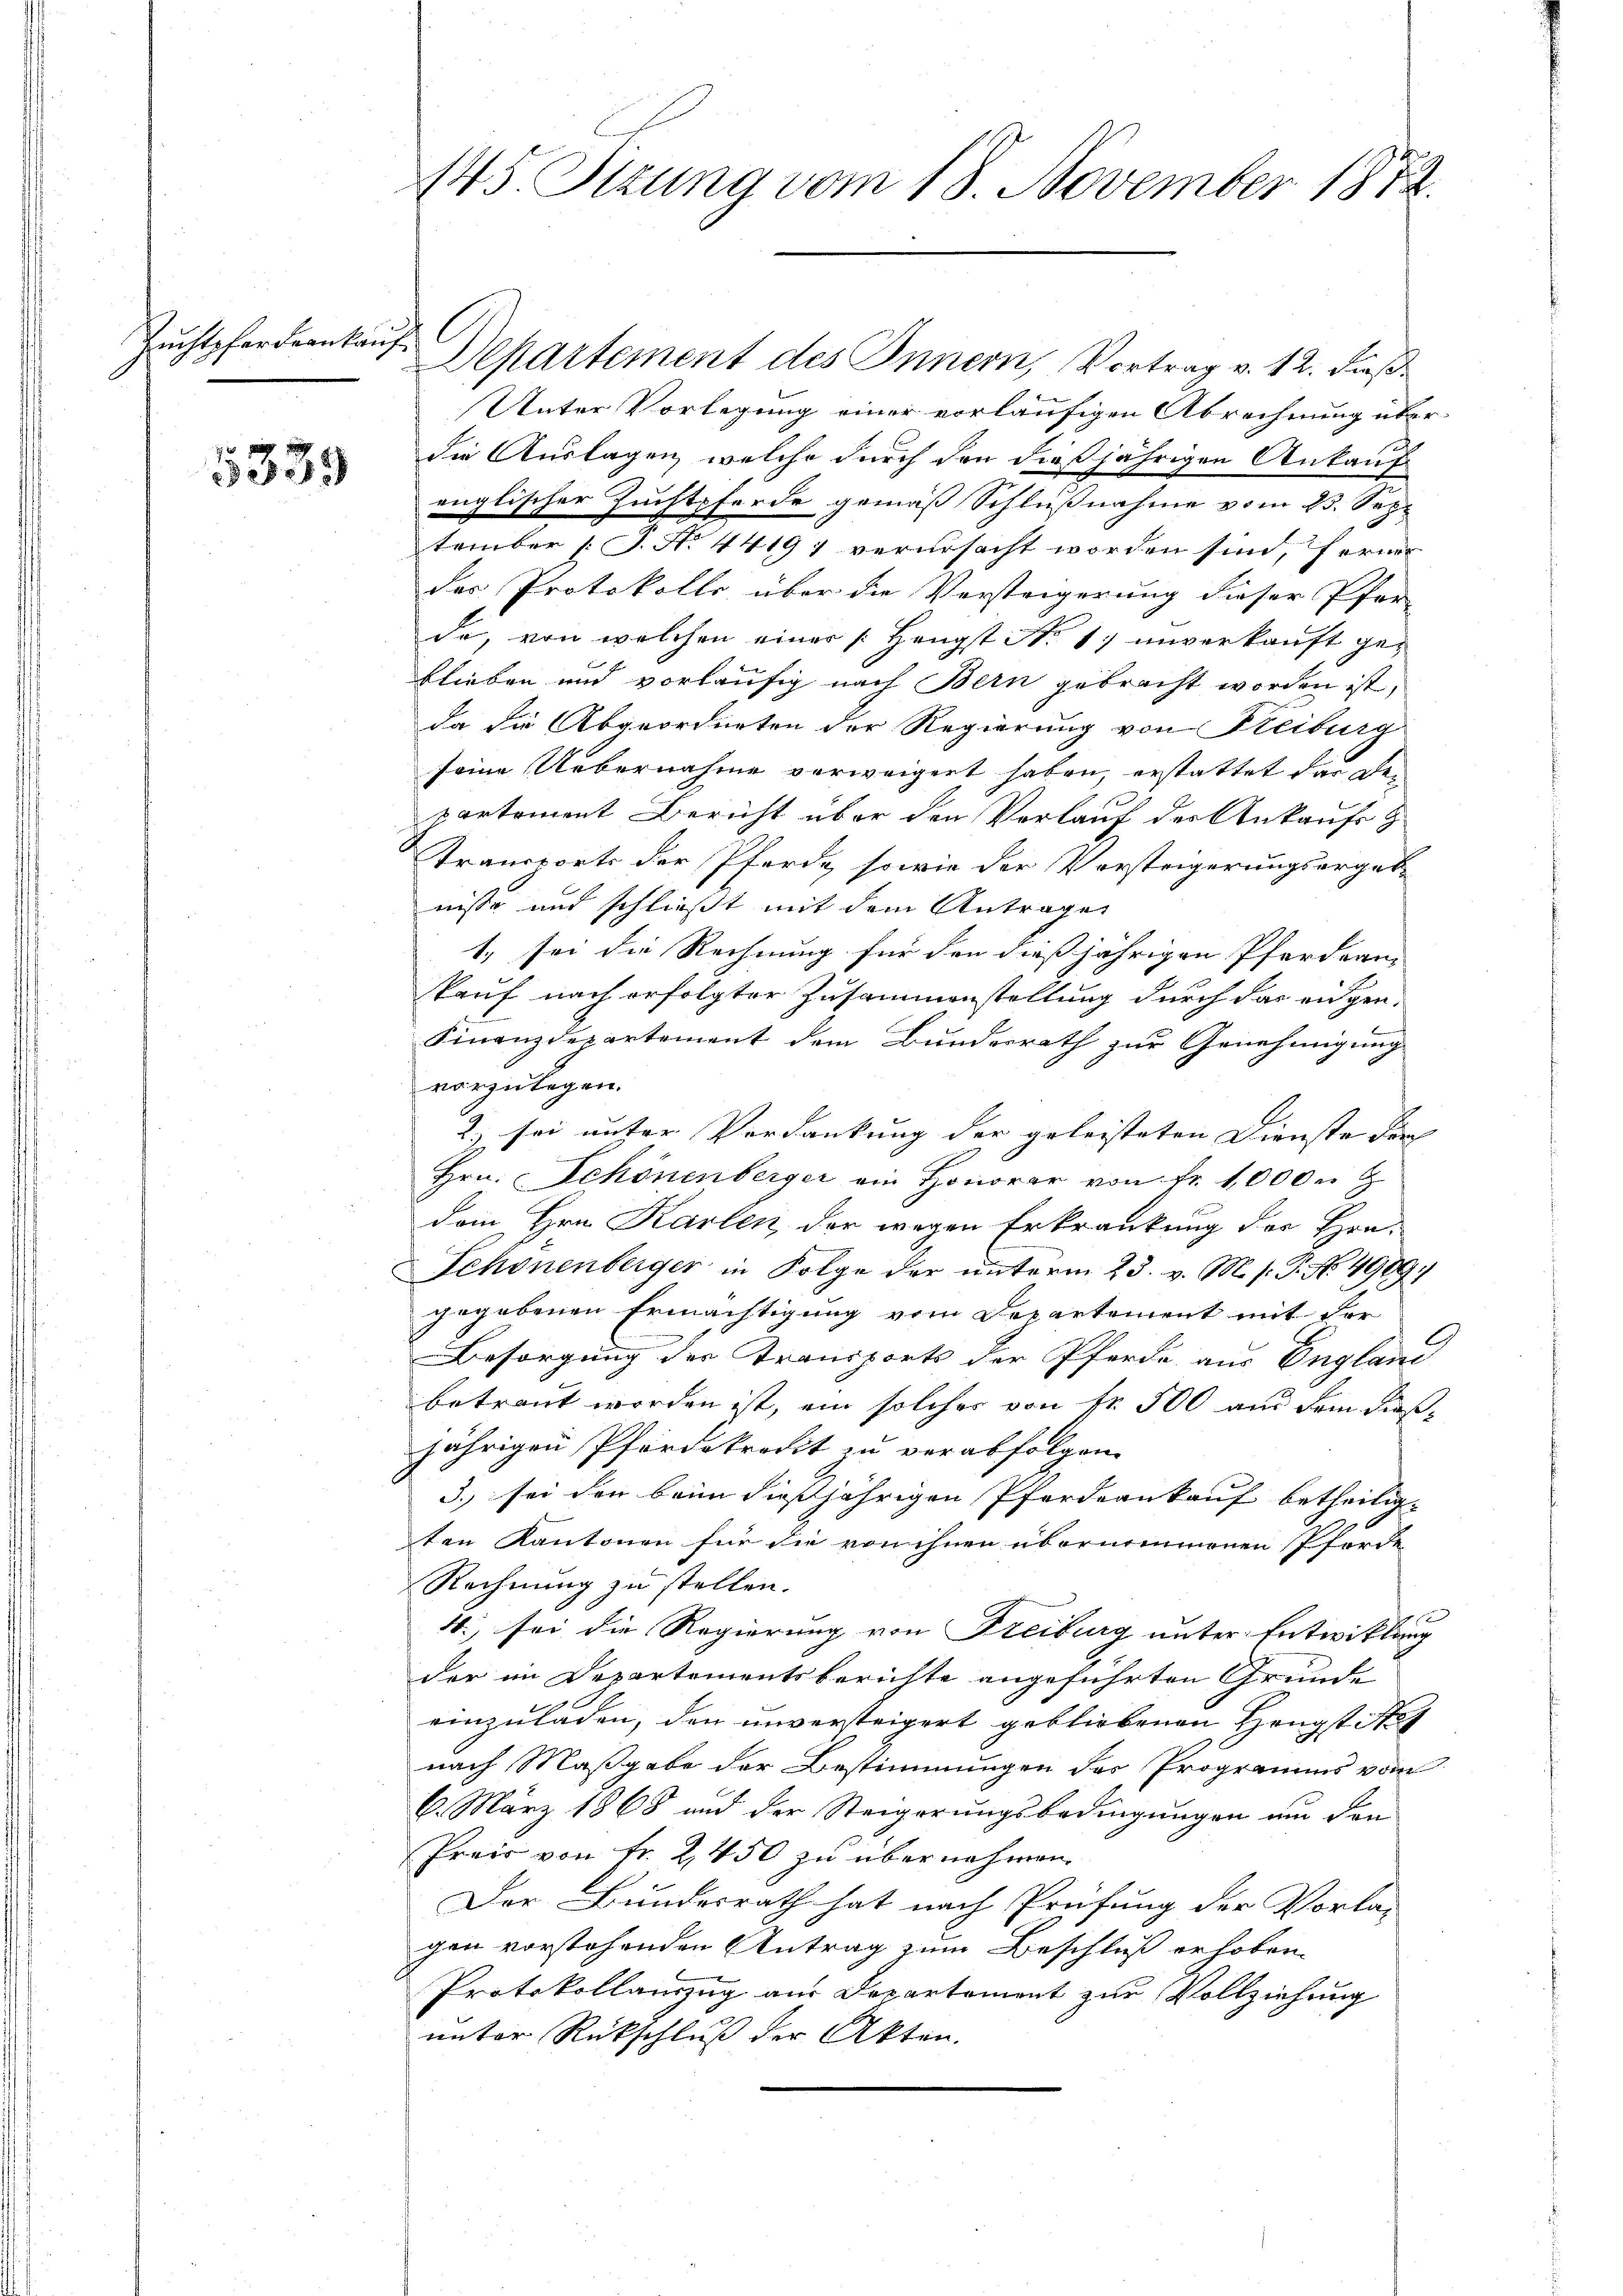
Zuchtpferdern kauf

5339

145 Stzung vom 18. November 1872.

Unter Vorlegung einer vorläufigen Abrechnung überdie Auslagen, welche durch den dießjährigen Ankauf
englischer Zuchtpferde gemäß Schlußnahme vom 23. Sep
tember (T. No 4419; verursacht worden sind, ferner
der Protokolls, über die Versteigerung dieser Pfer-
de, von welchen einer / Hengst No. 1) unverkauft geblieben und vorläufig nach Bern gebracht worden ist,
da die Abgeordneten der Regierung von Freiburg
seine Uebernahme verweigert haben, erstattet der Departement Bericht über den Verlauf der Ankaufs
Transports der Pferde, sowie der Vorsteigerungsergebnisse und schließt mit dem Antrage
1. sei die Rechnung für den dießjährigen Pferdern
kauf nach erfolgter Zusammenstellung durch das eidgen.
Finanzdepartement dem Bundesrath zur Genehmigung
vorzulegen.
2) sei unter Verdankung der geleisteten Dienste der |
Hrn. Schönenberger ein Honorar von fr. 1000 n
dem Hrn. Karten, der wegen Erkrankung des Hrn.
Schönenberger in Folge der unterm 23. v. M. s. G. No. 4909)
gegebenen Ermächtigung vom Departement mit der
G
Besorgung der Transports der Pferde aus England
betraut worden ist, ein solches von fr. 500 an dem dießjährigen Pferdekredit zu verabfolgen.
3.), sei den beim dießjährigen Pferdeaukauf betheiligten Kantonen für die von ihnen übernommenen Pferde
Rechnung zu stellen.
4., sei die Regierung von Freiburg unter Entwicklung
der im Departementsberichte angeführten Gründe
einzuladen, den unversteigert gebliebenen Hengstitut
nach Maßgabe der Bestimmungen des Programms vom
6. März 1868 und der Steigerungsbedingungen um den
Preis von Fr. 2450 zu übernehmen.
Der Bundesrath hat nach Prüfung der Vorla-
gen vorstehenden Antrag zum Beschluß erhoben
Protokollanzug aus Departement zur Vollziehung
unter Rückschluß der Akten.

Departement des Innern, Vortrag v. 12. Fuß.